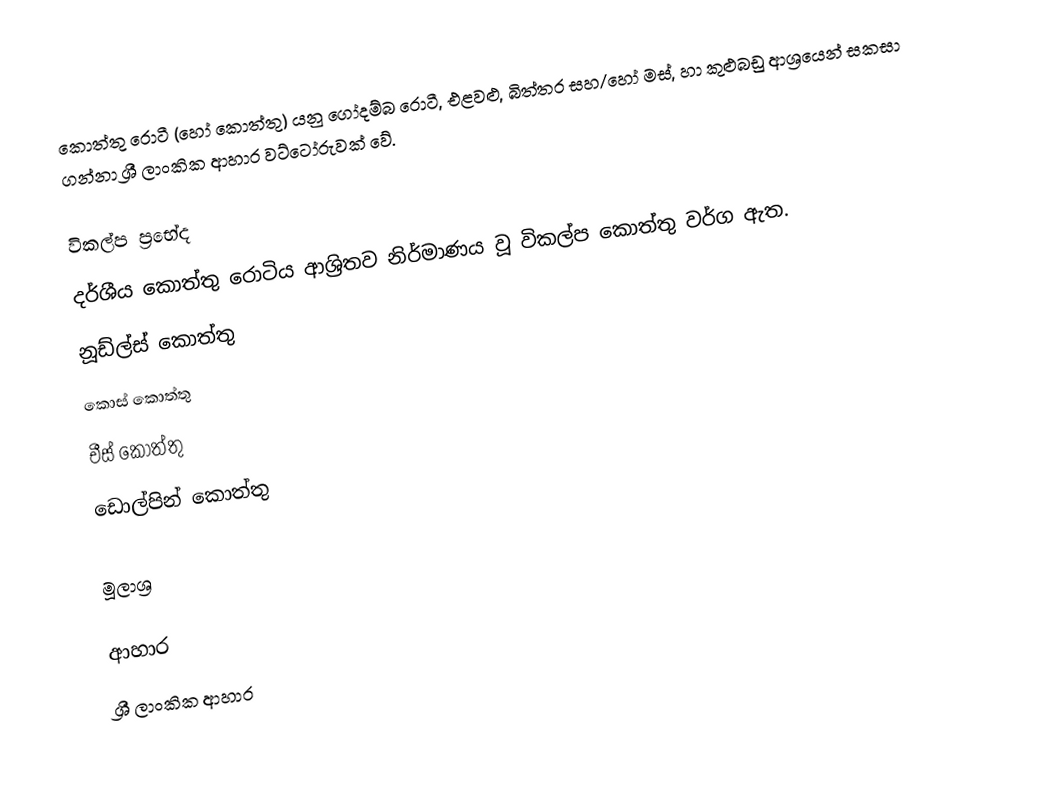
කොත්තු රොටී (හෝ කොත්තු) යනු ගෝදම්බ රොටී, එළවළු, බිත්තර සහ/හෝ මස්, හා කුළුබඩු ආශ්‍රයෙන් සකසා ගන්නා ශ්‍රී ලාංකික ආහාර වට්ටෝරුවක් වේ.

විකල්ප ප්‍රභේද
දර්ශීය කොත්තු රොටිය ආශ්‍රිතව නිර්මාණය වූ විකල්ප කොත්තු වර්ග ඇත.
 නූඩ්ල්ස් කොත්තු
 කොස් කොත්තු
 චීස් කොත්තු
 ඩොල්පින් කොත්තු

මූලාශ්‍ර

ආහාර
ශ්‍රී ලාංකික ආහාර